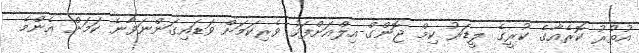
އުތުރު ކޮރެއާގެ ކުރީގެ ލީޑަރު ކިމް ޖޮންގް-އިލްއަށްފަހު ވެރިކަމަށް ވަޑައިގަންނަވާނެ ކަމަށް އެންމެ